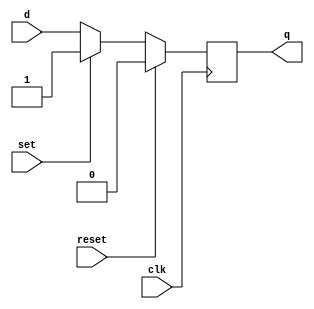
module edge_triggered_latch(
    input wire clk,
    input wire reset,
    input wire set,
    input wire d,
    output reg q
);

reg q_next;

always @(posedge clk) begin
    if (reset) begin
        q <= 1'b0;
    end else if (set) begin
        q <= 1'b1;
    end else begin
        q <= q_next;
    end
end

// D flip-flop behavior
always @(*) begin
    q_next = d;
end

endmodule